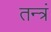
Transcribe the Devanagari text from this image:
तन्त्रं